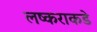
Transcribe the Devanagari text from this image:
लष्कराकडे